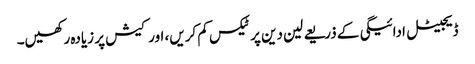
ڈیجیٹل ادائیگی کے ذریعے لین دین پر ٹیکس کم کریں، اور کیش پر زیادہ رکھیں۔